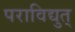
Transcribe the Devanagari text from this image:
पराविद्युत्